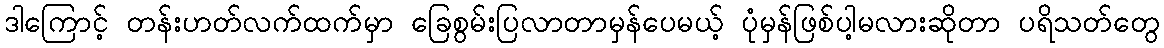
ဒါကြောင့် တန်းဟတ်လက်ထက်မှာ ခြေစွမ်းပြလာတာမှန်ပေမယ့် ပုံမှန်ဖြစ်ပါ့မလားဆိုတာ ပရိသတ်တွေ